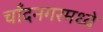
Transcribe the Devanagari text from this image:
चाँदनगरमध्ये